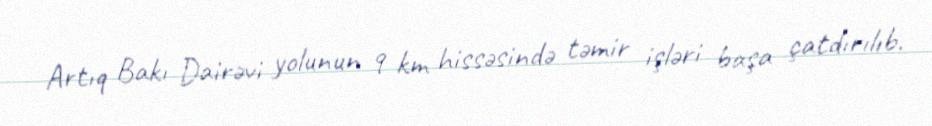
Artıq Bakı Dairəvi yolunun 9 km hissəsində təmir işləri başa çatdırılıb.